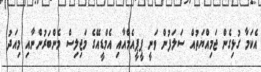
އެކަމާ ގުޅިގެން ޖަމިއްޔަތުއް ސަލަފުން ވަނީ ޕީޕީއެމްއާއި އެމްޑީއޭގެ މަޖިލިސް މެންބަރުންނާއި މިއަދު